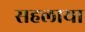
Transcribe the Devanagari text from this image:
सहलाया